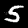
Label: 5